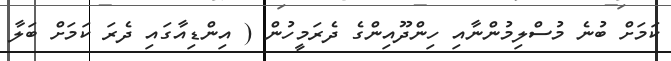
ކަމަށް ބުނެ މުސްލިމުންނާއި ހިންދޫއިންގެ ދެރަމީހުން ( އިންޑިއާގައި ދެރަ ކަމަށް ބަލާ